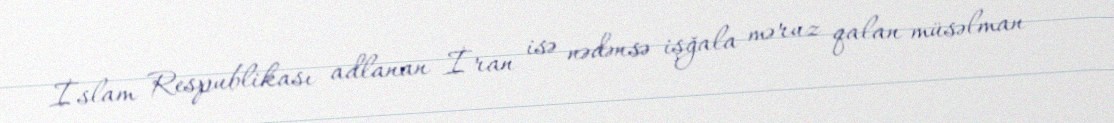
İslam Respublikası adlanan İran isə nədənsə işğala məruz qalan müsəlman